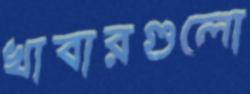
খাবারগুলো